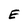
Character: E